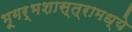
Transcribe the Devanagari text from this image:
भूगर्भशास्त्रामध्ये